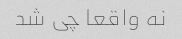
نه واقعا چی شد